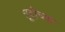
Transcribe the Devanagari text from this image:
त्रूदोच्या